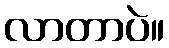
လာတာပဲ။